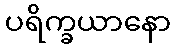
ပရိက္ခယာနော